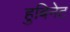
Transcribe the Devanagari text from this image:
हुबिनेट